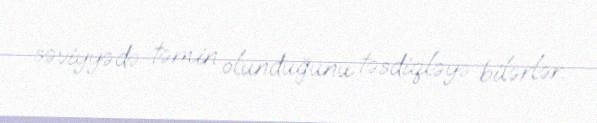
səviyyədə təmin olunduğunu təsdiqləyə bilərlər.